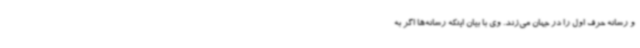
و رسانه حرف اول را در جهان می‌زند. وی با بیان اینکه رسانه‌ها اگر به